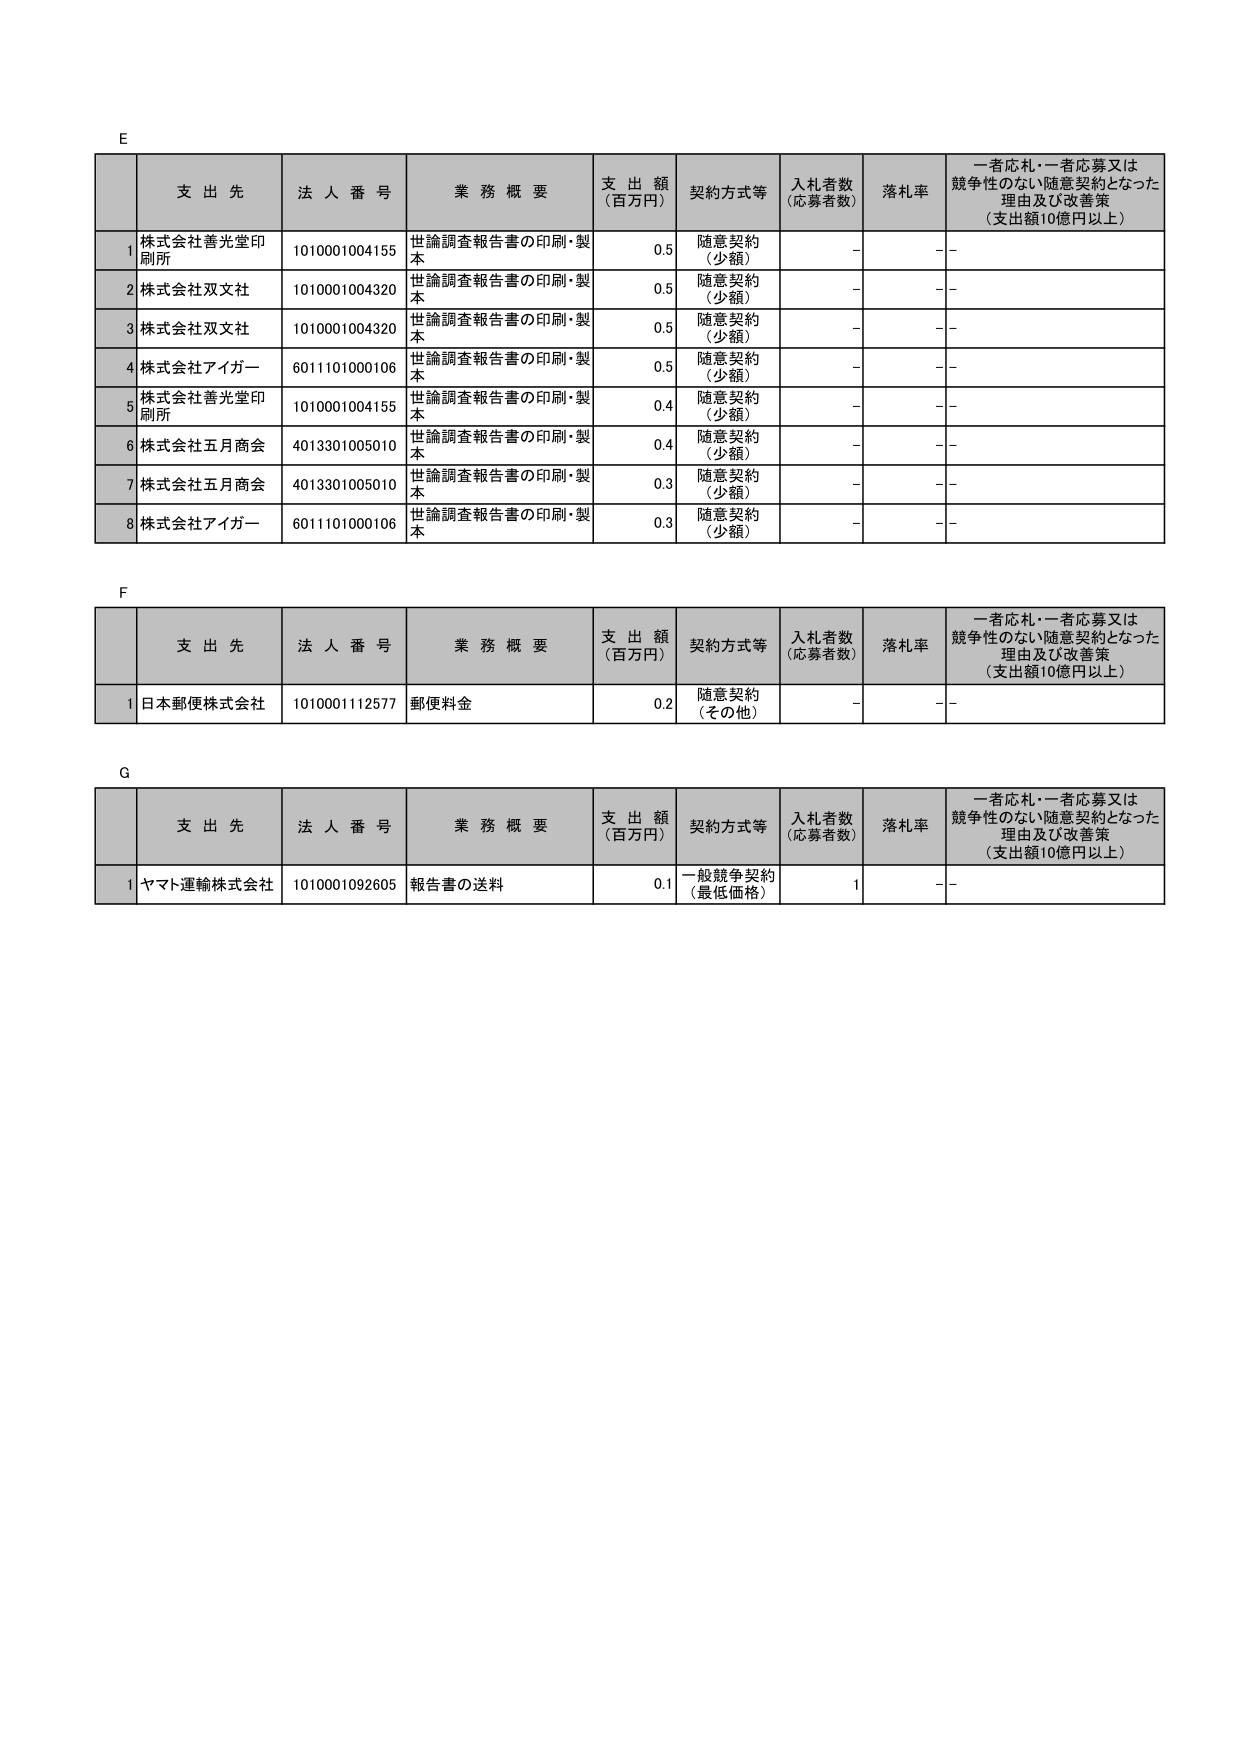
E
支 出 先 法 人 番 号 業 務 概 要 支 出 額 （百万円） 契約方式等 入札者数 （応募者数） 落札率 一者応札・一者応募又は 競争性のない随意契約となった 理由及び改善策 （支出額10億円以上）
1 株式会社善光堂印刷所 1010001004155 世論調査報告書の印刷・製本 0.5 随意契約 （少額） - - -
2 株式会社双文社 1010001004320 世論調査報告書の印刷・製本 0.5 随意契約 （少額） - - -
3 株式会社双文社 1010001004320 世論調査報告書の印刷・製本 0.5 随意契約 （少額） - - -
4 株式会社アイガー 6011101000106 世論調査報告書の印刷・製本 0.5 随意契約 （少額） - - -
5 株式会社善光堂印刷所 1010001004155 世論調査報告書の印刷・製本 0.4 随意契約 （少額） - - -
6 株式会社五月商会 4013301005010 世論調査報告書の印刷・製本 0.4 随意契約 （少額） - - -
7 株式会社五月商会 4013301005010 世論調査報告書の印刷・製本 0.3 随意契約 （少額） - - -
8 株式会社アイガー 6011101000106 世論調査報告書の印刷・製本 0.3 随意契約 （少額） - - -

F
支 出 先 法 人 番 号 業 務 概 要 支 出 額 （百万円） 契約方式等 入札者数 （応募者数） 落札率 一者応札・一者応募又は 競争性のない随意契約となった 理由及び改善策 （支出額10億円以上）
1 日本郵便株式会社 1010001112577 郵便料金 0.2 随意契約 （その他） - - -

G
支 出 先 法 人 番 号 業 務 概 要 支 出 額 （百万円） 契約方式等 入札者数 （応募者数） 落札率 一者応札・一者応募又は 競争性のない随意契約となった 理由及び改善策 （支出額10億円以上）
1 ヤマト運輸株式会社 1010001092605 報告書の送料 0.1 一般競争契約 （最低価格） 1 - -